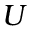
U